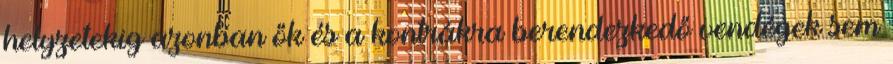
helyzetekig azonban ők és a kontrákra berendezkedő vendégek sem